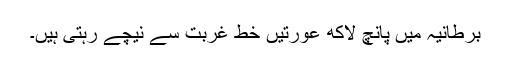
برطانیہ میں پانچ لاکھ عورتیں خط غربت سے نیچے رہتی ہیں۔